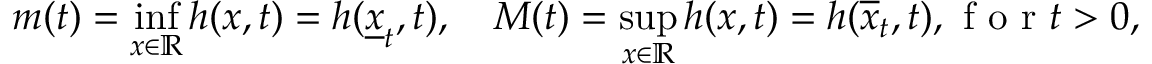
\begin{array} { r } { m ( t ) = \displaystyle \operatorname* { i n f } _ { x \in \mathbb R } h ( x , t ) = h ( \underline { { x } } _ { t } , t ) , \quad M ( t ) = \displaystyle \operatorname* { s u p } _ { x \in \mathbb R } h ( x , t ) = h ( \overline { { x } } _ { t } , t ) , \mathrm { ~ f ~ o ~ r ~ } t > 0 , } \end{array}